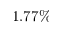
1 . 7 7 \%